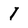
Character: 1